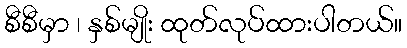
စီစီမှာ ၊ နှစ်မျိုး ထုတ်လုပ်ထားပါတယ်။